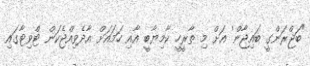
"ބަޖްރަންގީ ބައިޖާން' އަށް މި ތާރީހީ ކާމިޔާބީ އާއި ހަމައަށް އާދެވިއްޖެކަން ޓްވިޓާގައި